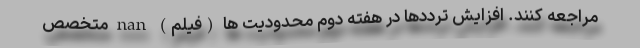
مراجعه کنند. افزایش ترددها در هفته دوم محدودیت ها (فیلم) nan متخصص